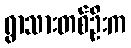
ရွာသားတစ်ဦးက